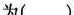
为()。